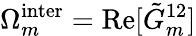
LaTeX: \Omega_{m}^{\mathrm{inter}}=\mathrm{Re}[\tilde{G}_{m}^{12}]